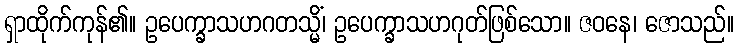
ရှာထိုက်ကုန်၏။ ဥပေက္ခာသဟဂတသ္မိံ၊ ဥပေက္ခာသဟဂုတ်ဖြစ်သော။ ဇဝနေ၊ ဇောသည်။